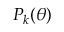
P _ { k } \mathopen { } \mathclose \bgroup \left( \theta \aftergroup \egroup \right)